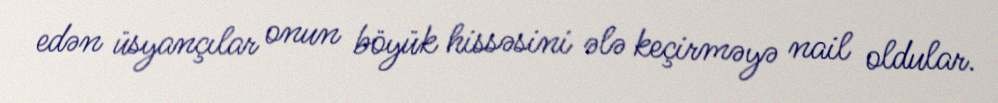
edən üsyançılar onun böyük hissəsini ələ keçirməyə nail oldular.